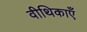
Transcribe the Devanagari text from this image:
वीथिकाएँ